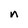
Character: n